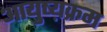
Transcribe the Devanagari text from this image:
आयुष्य़क्रम